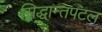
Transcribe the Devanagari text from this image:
सिद्धान्तपटल